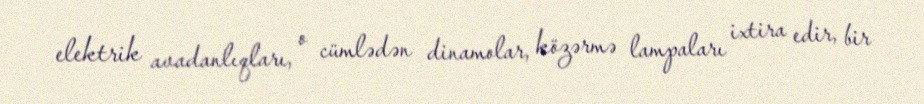
elektrik avadanlıqları, o cümlədən dinamolar, közərmə lampaları ixtira edir, bir